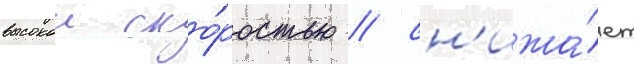
высокои ско́ростью / сн'ижа́ет